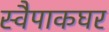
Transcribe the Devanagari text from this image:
स्वैपाकघर